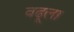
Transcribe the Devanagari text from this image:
वढूला